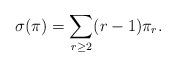
LaTeX: \begin{align*} \sigma(\pi) = \sum_{r \ge 2} (r-1)\pi_r.\end{align*}